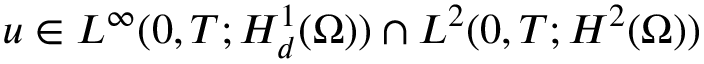
u \in L ^ { \infty } ( 0 , T ; H _ { d } ^ { 1 } ( \Omega ) ) \cap L ^ { 2 } ( 0 , T ; H ^ { 2 } ( \Omega ) )